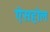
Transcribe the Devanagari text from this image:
ऐसहोल